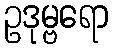
ဥဒုမ္ဗရော